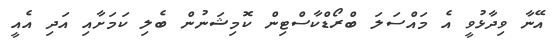
އޭނާ ވިދާޅުވީ އެ މައްސަލަ ބްރޯޑްކާސްޓިން ކޮމިޝަނުން ބެލި ކަމަށާއި އަދި އެއީ